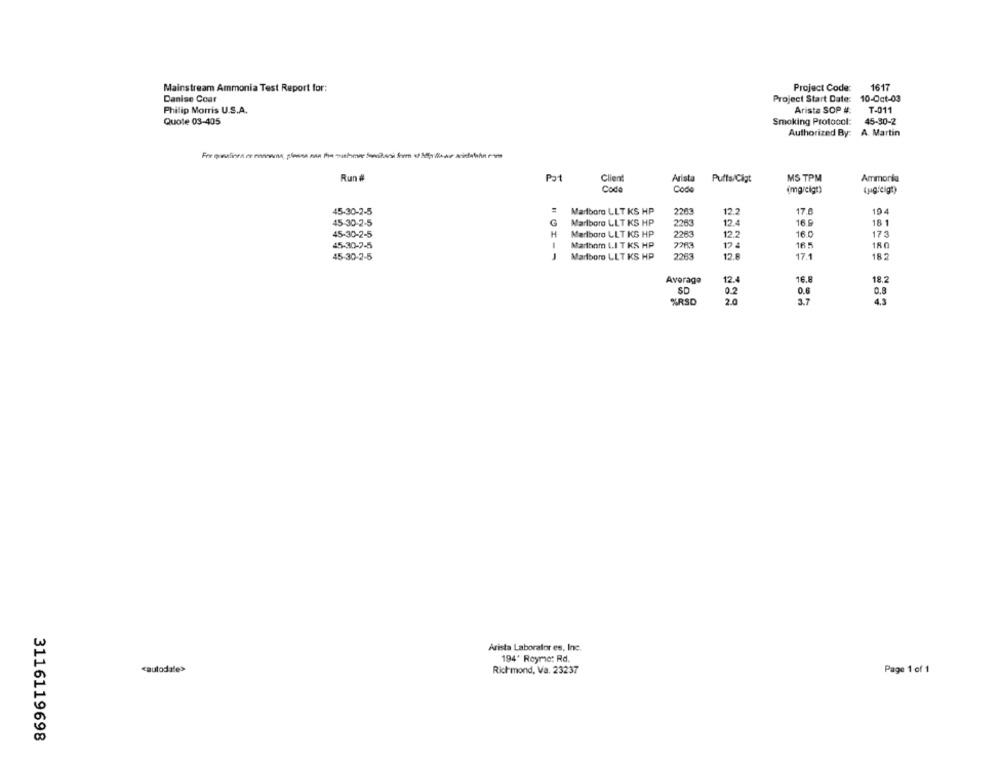
Mainstream Ammonia Test Report for:
Project Code:
1617
Danise Coar
Project Start Date: 10-Oct-03
Philip Morris U.S.A.
Arista SOP #:
T-011
Quote 03-405
Smoking Protocol:
45-30-2
Authorized By: A. Martin
Run #
Pat
Client
Arista
Puffs/Cigt
MS TPM
Ammonia
Code
Code
(mg/eigt)
45-30-2-5
:
Marlboro LLT KS HP
2203
12.2
17.6
194
G
18 1
45-30-2-5
Marlboro LLT KS HP
2263
12.4
16.9
45-30-2-5
H
Marlboro LLT KS HP
2263
12.2
16.0
173
45-30-7-5
2213
17 4
16.5
180
Martbom L.I T KS HP
45-30-2-5
Marlboro LLT KS HP
2263
12.8
17.1
182
Average
12.4
16.8
18.2
SD
0.2
0.6
0.8
%RSD
20
3.7
4.3
Arista Laborator es, Inc.
194' Royme: Rd.
cautodate>
Richmond, Va. 23237
Page 1 of 1
3116119698